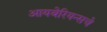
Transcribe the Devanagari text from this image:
आयबेरियन्सचे